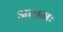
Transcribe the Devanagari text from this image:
आश्रमः